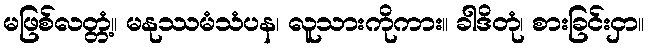
မဖြစ်လတ္တံ့။ မနုဿမံသံပန၊ လူသားကိုကား။ ခါဒိတုံ၊ စားခြင်းငှာ။